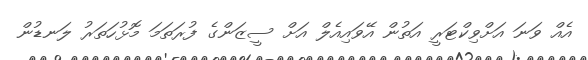
އެއް ވަނަ އަށްވިކްޓަރީ އަތުން އޭވައިއެލް އަށް ސީޒަންގެ ފުރަތަމަ މޮޅުހަތަރު ލަނޑުން